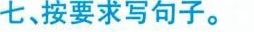
七、按要求写句子。